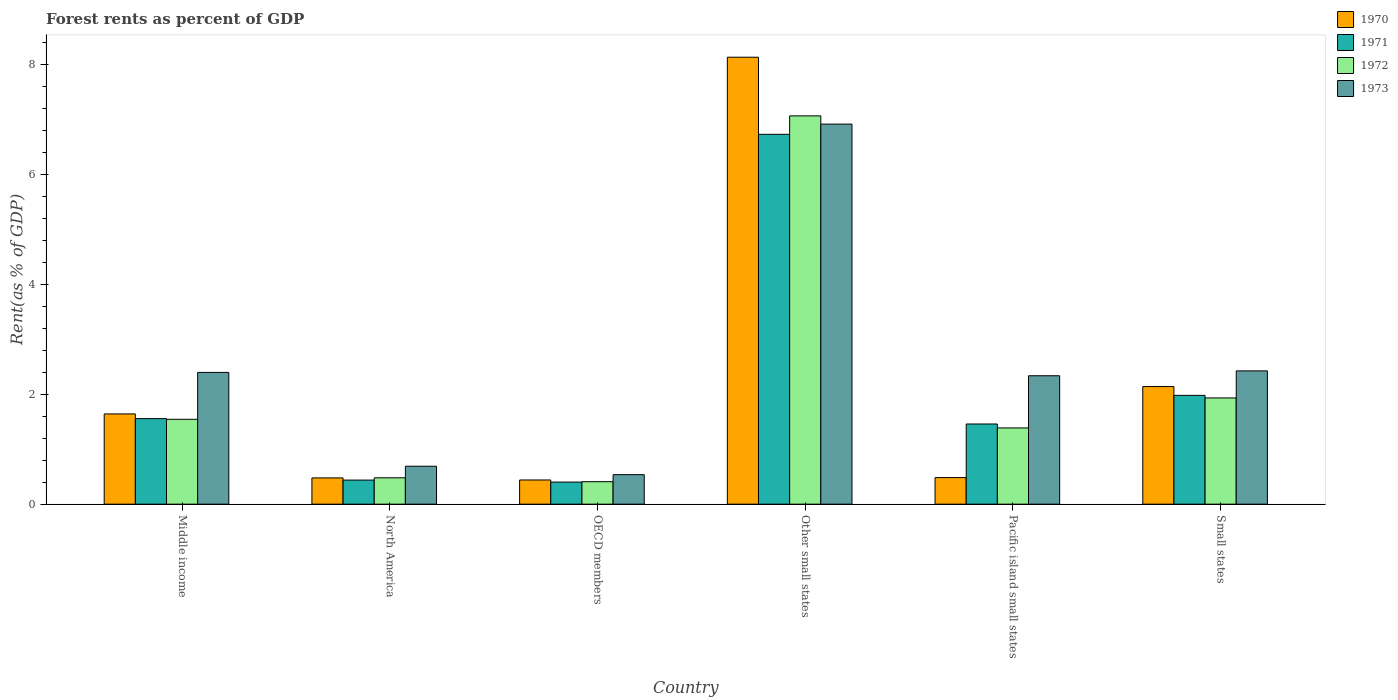
| Country | 1970 | 1971 | 1972 | 1973 |
 | --- | --- | --- | --- | --- |
 | Middle income | 1.64 | 1.56 | 1.54 | 2.4 |
 | North America | 0.478 | 0.438 | 0.48 | 0.69 |
 | OECD members | 0.44 | 0.402 | 0.409 | 0.537 |
 | Other small states | 8.13 | 6.73 | 7.07 | 6.92 |
 | Pacific island small states | 0.484 | 1.46 | 1.39 | 2.34 |
 | Small states | 2.14 | 1.98 | 1.93 | 2.43 |